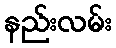
နည်းလမ်း